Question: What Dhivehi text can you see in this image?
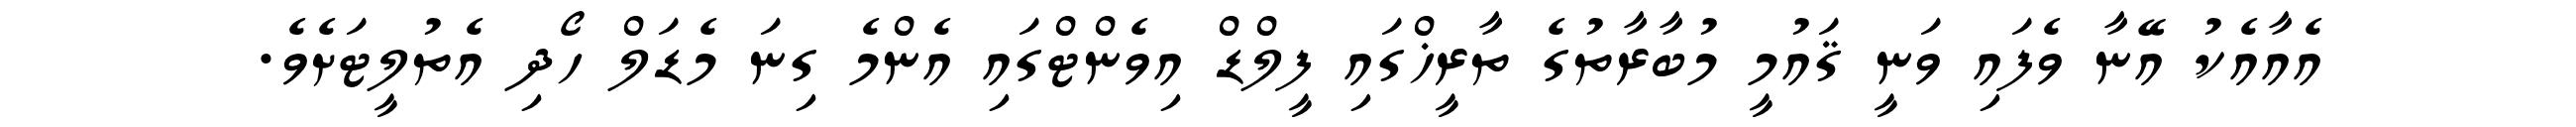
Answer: އެއާއެކު އޭނާ ވެފައި ވަނީ ޤައުމީ މުބާރާތުގެ ތާރީޚްގައި ފީލްޑް އިވެންޓްގައި އެންމެ ގިނަ މެޑަލް ހޯދި އެތުލީޓަށެވެ.